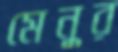
মেনুর